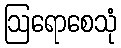
ဩရောစေသုံ